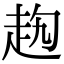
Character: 𧺤